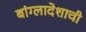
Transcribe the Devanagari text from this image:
बांग्लादेशाची